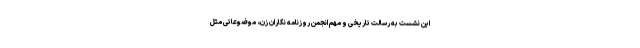
این نشست به رسالت تاریخی و مهم انجمن روزنامه نگاران زن، موضوعاتی مثل